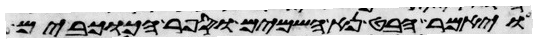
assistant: ויאמר הבט נא השמים וספר הכוכבים